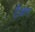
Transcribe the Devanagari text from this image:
टैंडम